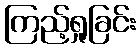
ကြည့်ရှုခြင်း